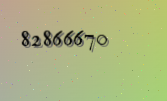
82866670